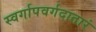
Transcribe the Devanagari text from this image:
स्वर्गापवर्गदातारं